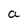
Character: a